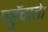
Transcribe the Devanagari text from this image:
पहुँचाते।